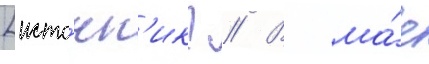
[исто́чн'ик? // В ма́е